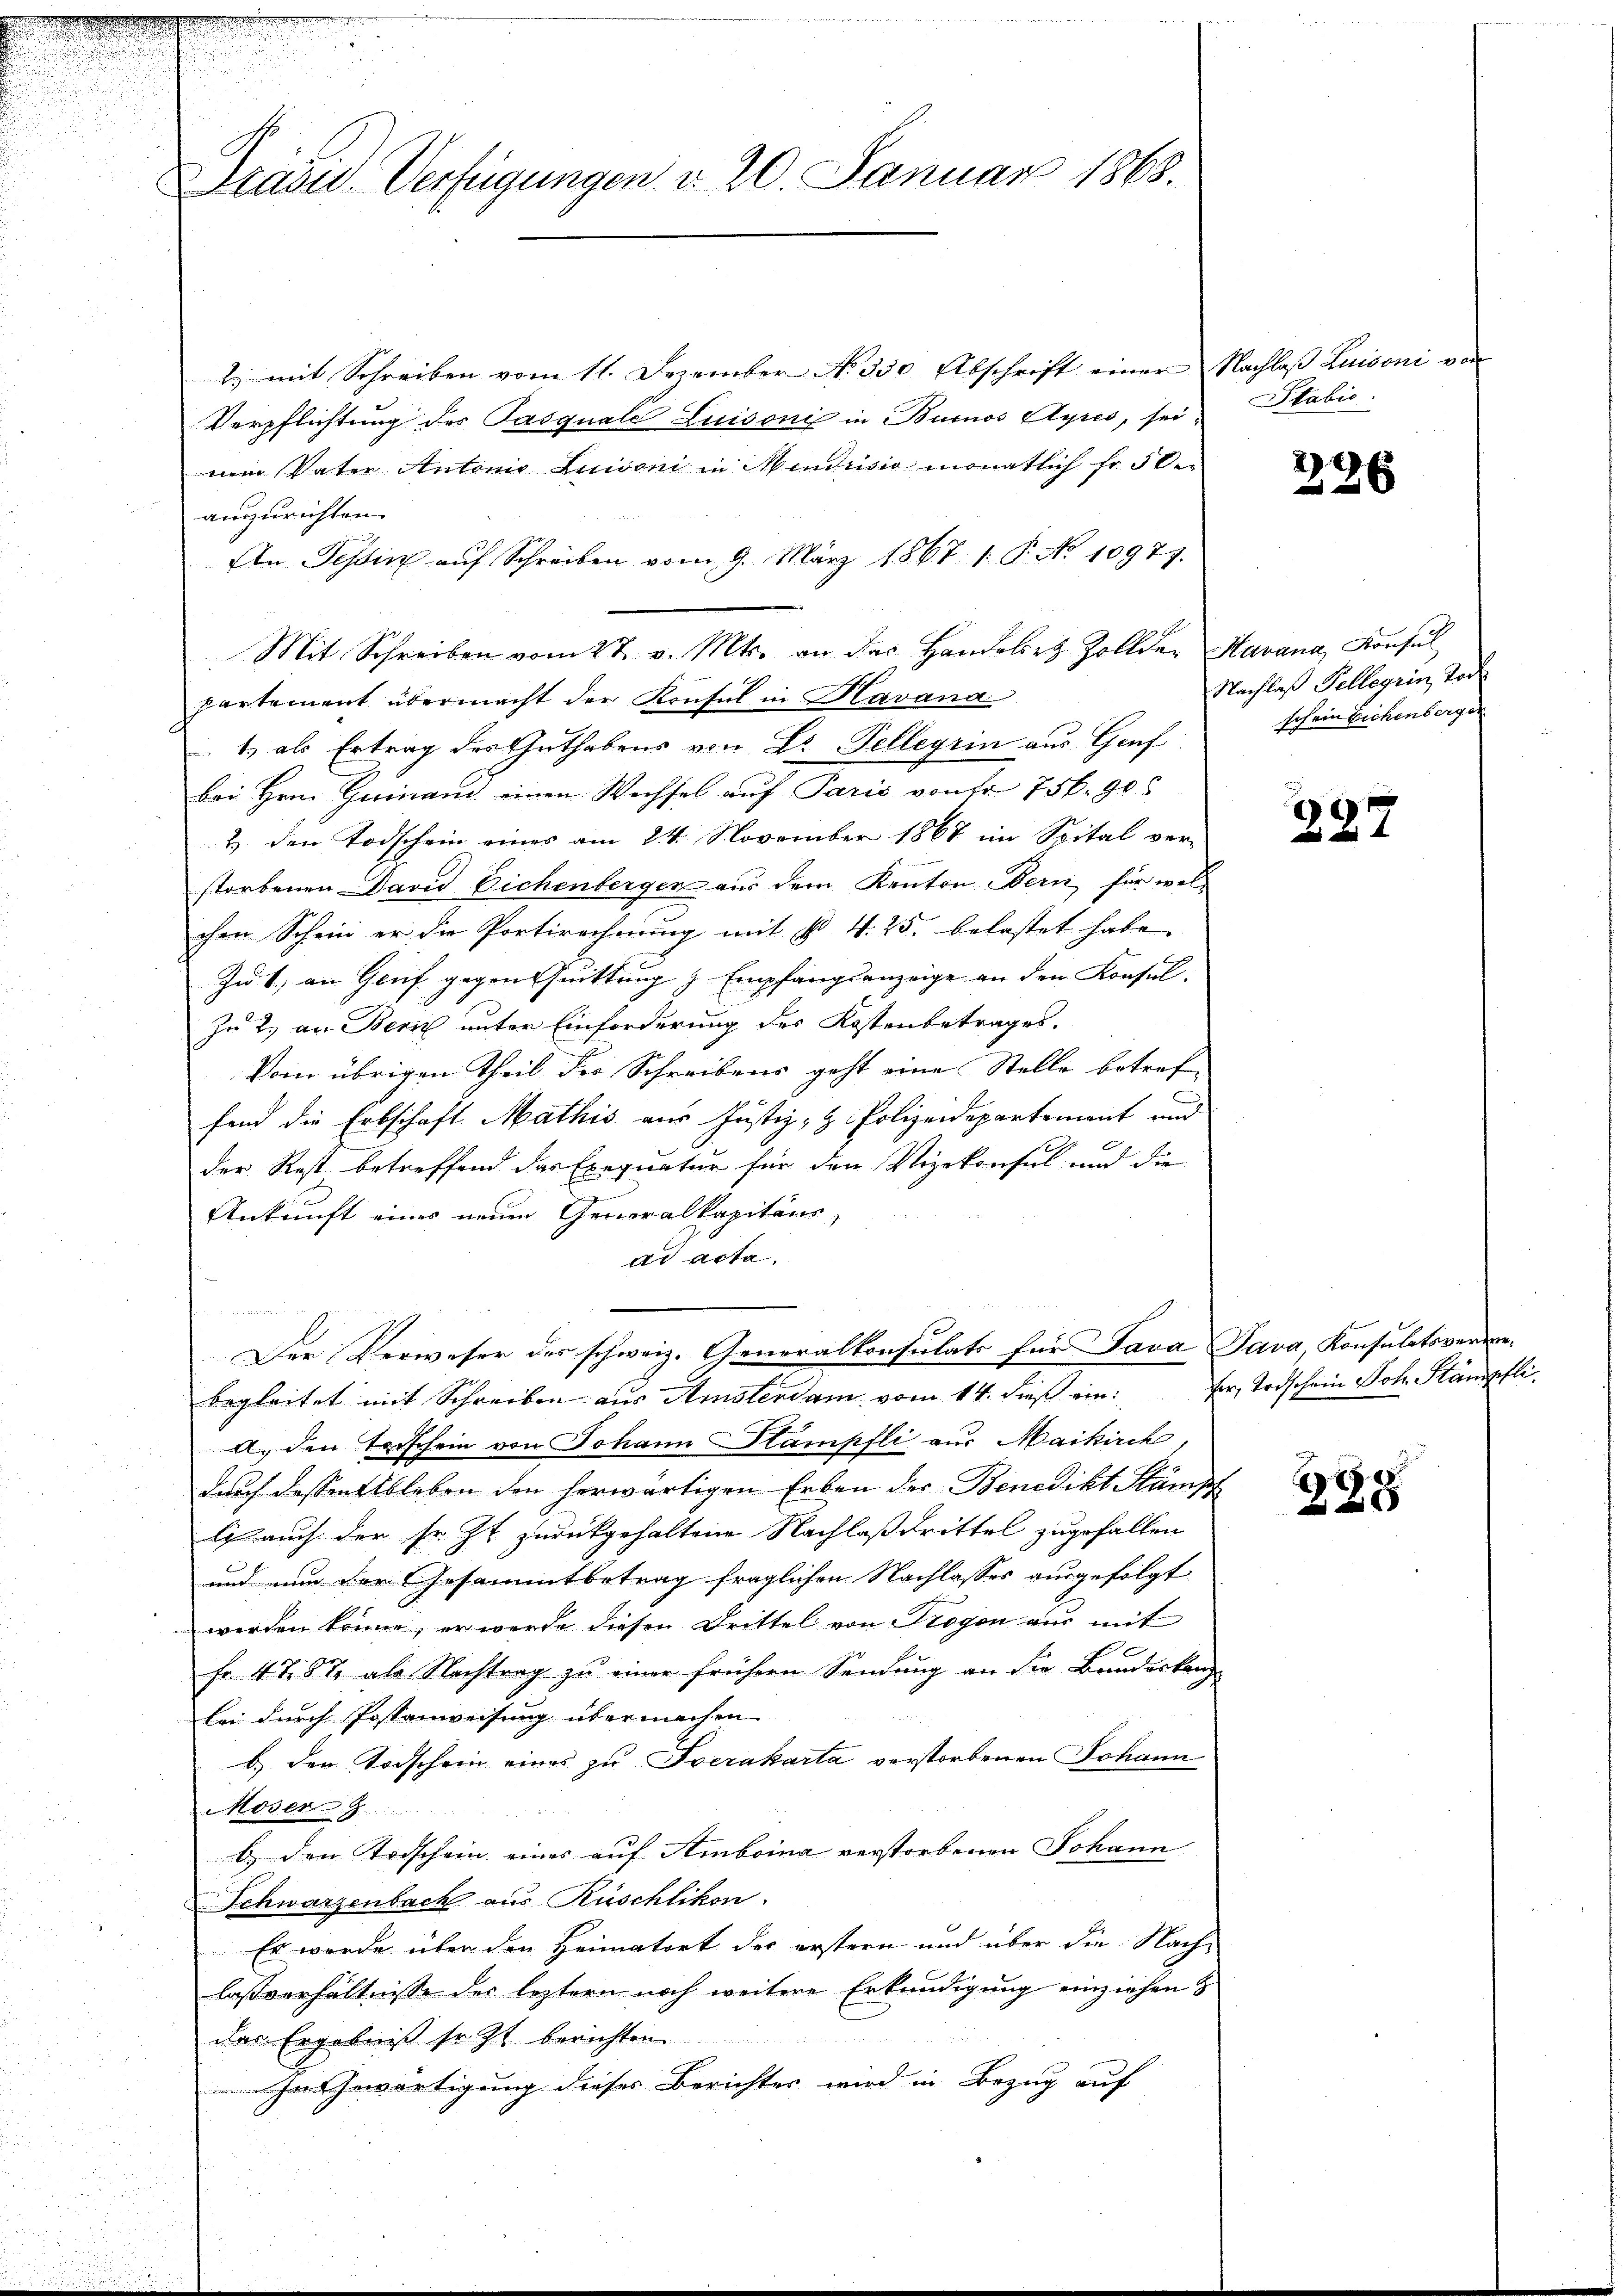
Präsid. Verfügungen d. 20. Januar 1868.

2. mit Schreiben vom 11. Dezember No. 350 Abschrift einer Nachlaß Luisoni von
Verpflichtung des Pasquale Luisonis in Burnos Ayres, seivem Vater Antonio Luioni in Mindusio monatlich fr. 5 be-
auszurichten.
An Tessin aŭf Schreiben vom 9. März 1867 1. P. No 10977.
Mit Schreiben vom 27. v. Mts. an das Handelet Zollder
partement übermacht der Konsul in Havana
1.) als Ertrag des Guthabens von Dr. Telleyrin aus Gruf
bei Hrn. Guinand einen Wechsel auf Paris von Fr. 756. 906
2. den Todschein eines am 24. November 1867 im Spital ver-
storbenen David Eichenberger aus dem Kanton Bern, für welchen Schein er die Portirechnung mit § 4. 25. belastet habe.
Zu 1., an Genf gegen Chuittung z. Empfangsanzeige an den Konsul-
Zu 2. an Bern unter Einforderung des Kostenbetrages.
Vom übrigen Theil der Schreibens geht eine Stelle betref
fend die Erbschaft Mathis aus Justiz- & Polizeidepartement und
der Rest betreffend das Exequatur für den Vizekonsul und die
Ankunft eines neuen Generalkapitäns,
ad acta.
Der Verweser des schweiz. Generalkonsulats für Java Java, Konsulatsverwebegleitet mit Schreiben aus Amsterdam vom 14. dieß ein: der Todschein Joh. Stämpfli
A. den Todschein von Johann Stampfli aus Maikirch,
durch dassen Ableben den herwärtigen Erben der Benedikt Stämp
li auch der sr. Zt. zurückgehaltene Nachlaß drittel zugefallen
und nun der Gesammtbetrag fraglichen Nachlasses ausgefolgt
werden könne, er werde diesen Drittel von Trogen aus mit
Fr. 4 787 als Nachtrag zu einer frühern Sendung an die Banderken
bei durch Postanweisung übermachen
b.) der Todschein eines zu verakarta verstorbenen Johann
Moser
b. den Todschein eines auf Amboina verstorbenen Johann
Schwarzenbach aus Rüschlikon.
Es wurde über den Heimatort der erstern und über die Nachlassverhältnisse der leztern noch weitere Erkundigung einziehen
das Ergebniß sr. Zt. berichten
ewärtigung dieses Berichtes wird in Bezug auf

Stabić

2
26

Havana, Konsul
Nachlaß Sellagrin, Tod
schein Eichenberger

227

E